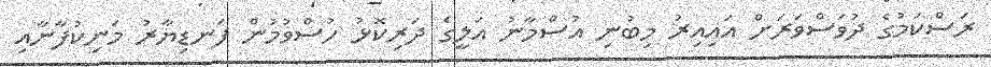
ރަސްކަމުގެ ދުވަސްވަރަށް އައިއިރު މިބުނި އުސްމާނު އަލީގެ ދަރިކޮޅު ހުސްވުމުން ފަނޑިޔާރު މަނިކުފާނާއި